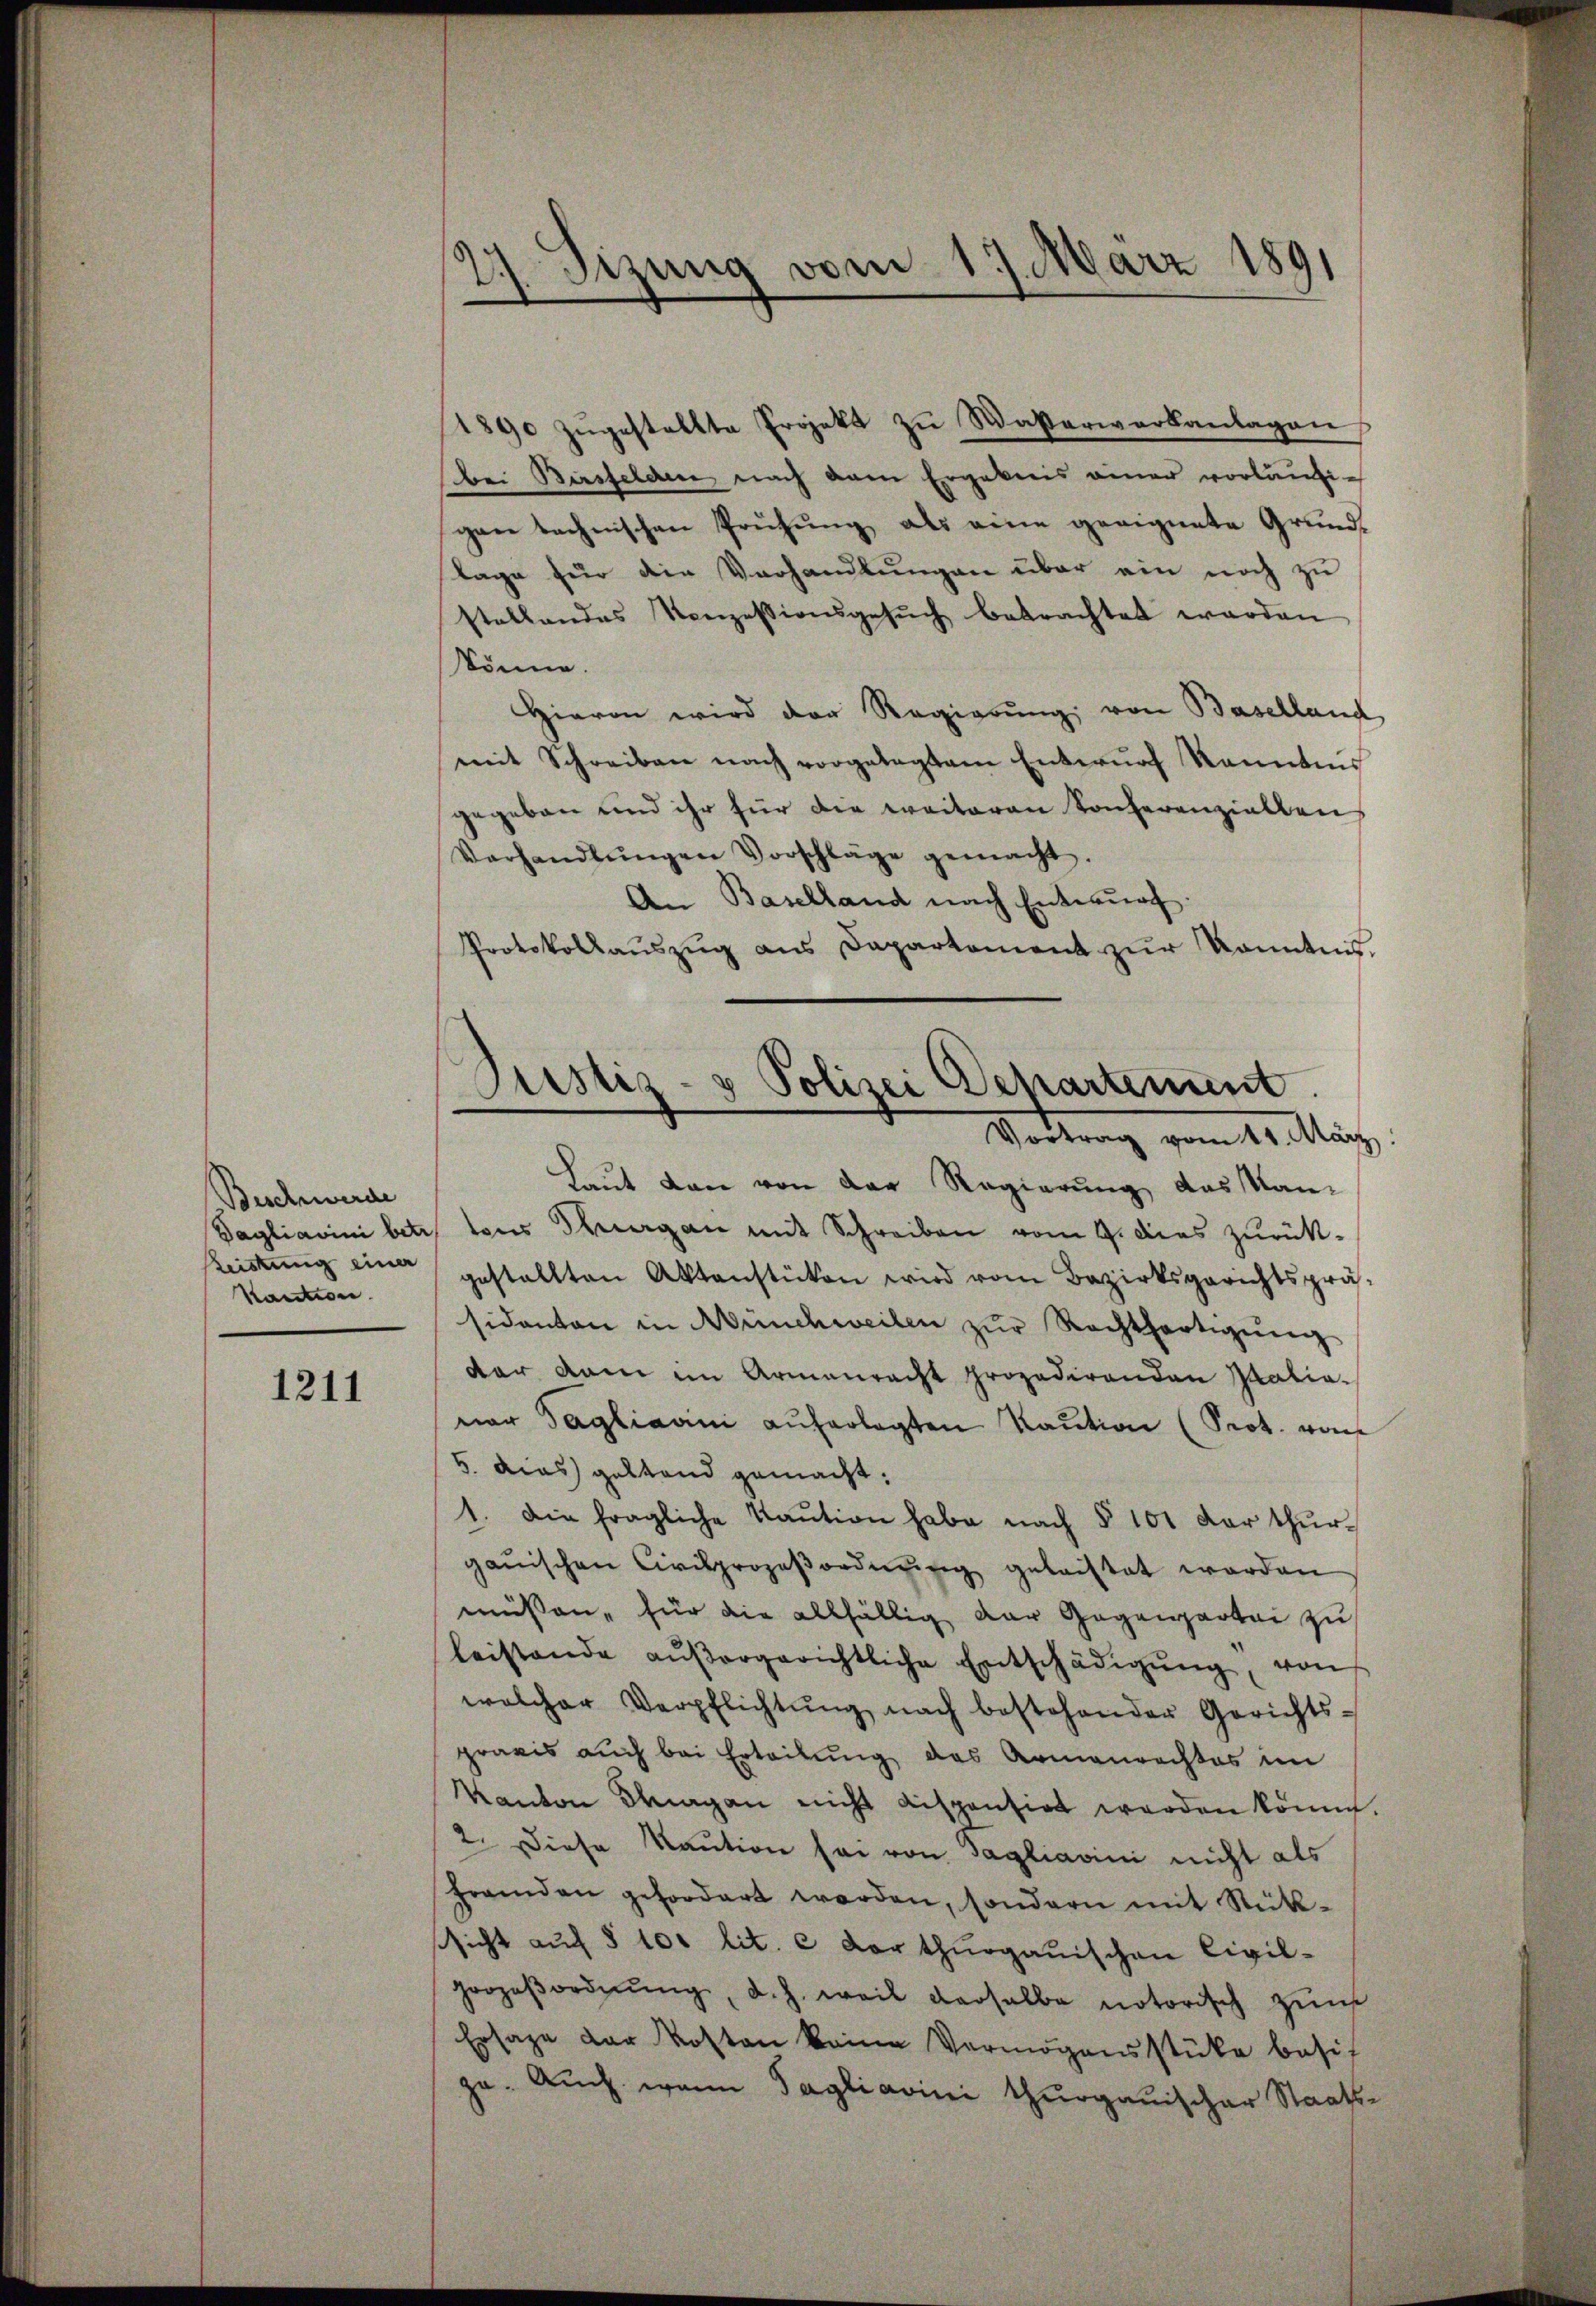
Beschwerde
Leistung einer
Kaution.

1211

2) Sizung vom 17. März 189
.

1890 zŭgestellte Projekt zu Wasserwerkanlagen
Bei Birsfelden nach am Ergebnis einer vorläŭfi-
gen technischen Prüfung als eine geeignete Grund¬
Tage für die Verhandlungen über ein noch zu
stellendes Konzessionsgesŭch betrachtet worden
könne.
Hievon wird der Regierung von Baselland
mit Schreiben nach vorgelegtem Entwŭrf Renntnis
gegeben und ihr für die weiteren Konferenziellen
Verhandlŭngen Vorschläge gemacht.
An Baselland nach Entwurf.
Protokollaŭszŭg ans Dapartement zŭr Kenntnis.

Justiz- & Polizei Departement.
e
Vortrag vom 14. März

Laut den von der Regierung, das Kan¬
Dagliavini betr. tous Thurgan mit Schreiben vom 9. Das zurück-
gestellten Aktenstücken wird vom Bezirksgerichtsprä-
sidanten in Münchweilen zŭr Rechtfertigŭng
dar kam im Armenracht prozedirenden Grationer Tagliani auferlegten Kaution (Prot. von
5. dies geltend gemacht:
1. Die fragliche Kaŭtion habe nach § 101 dar thurganischen Civilprozeβordnŭng geleistet werden
müssen, für die allfällig der Gegenpartei zu
leistande aŭβergerichtliche Entschädigŭng, von
welcher Verpflichtŭng nach bestehender Gerichts-
praxis auch bei Erteilung des Armenrechtes im
Kanton Tagen nicht dispensirt werden könne.
2. Diese Kaution sei von Tagliavini nicht als
fremden gefordert werden, sondern mit Rück-
ssicht auf § 100 lit. c dorthurgauischen Civil¬
Grozeβordnŭng, d. h. weil derselbe notorisch zum
Ersage der Kosten keine Vermögensstücke besit
za. Auch wann Tagliarini thurgauischer Staats¬